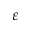
\varepsilon